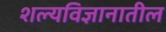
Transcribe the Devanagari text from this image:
शल्यविज्ञानातील